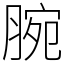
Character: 腕